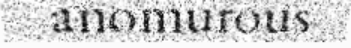
anomurous